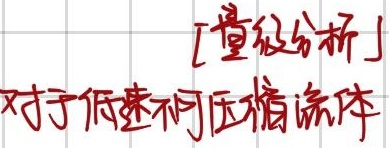
[量纲分析]对于低速不可压缩流体